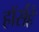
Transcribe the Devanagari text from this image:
हॉर्सहे